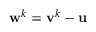
\mathbf { w } ^ { k } = \mathbf { v } ^ { k } - \mathbf { u }